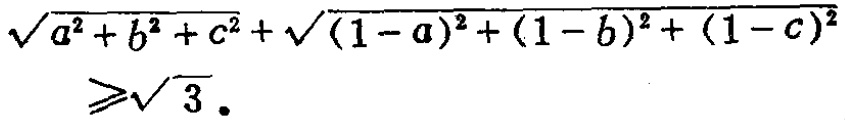
\[\sqrt{a^{2}+b^{2}+c^{2}}+\sqrt{(1 - a)^{2}+(1 - b)^{2}+(1 - c)^{2}}\geqslant\sqrt{3}.\]